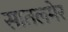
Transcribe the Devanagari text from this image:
सातलमेर